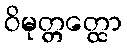
ဝိမုတ္တတ္ထော